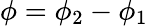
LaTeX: \phi=\phi_{2}-\phi_{1}